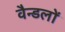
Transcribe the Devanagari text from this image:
वैन्डलों